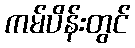
ကမ်ပိန်းတွင်